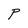
Character: P